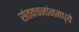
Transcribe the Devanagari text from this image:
संतवचनांनमध्ये